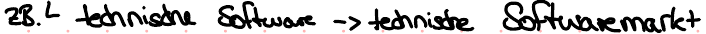
zB. technische Software -> technische Softwaremarkt